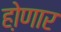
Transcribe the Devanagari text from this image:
हो़णार